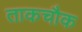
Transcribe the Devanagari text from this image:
ताकचौक